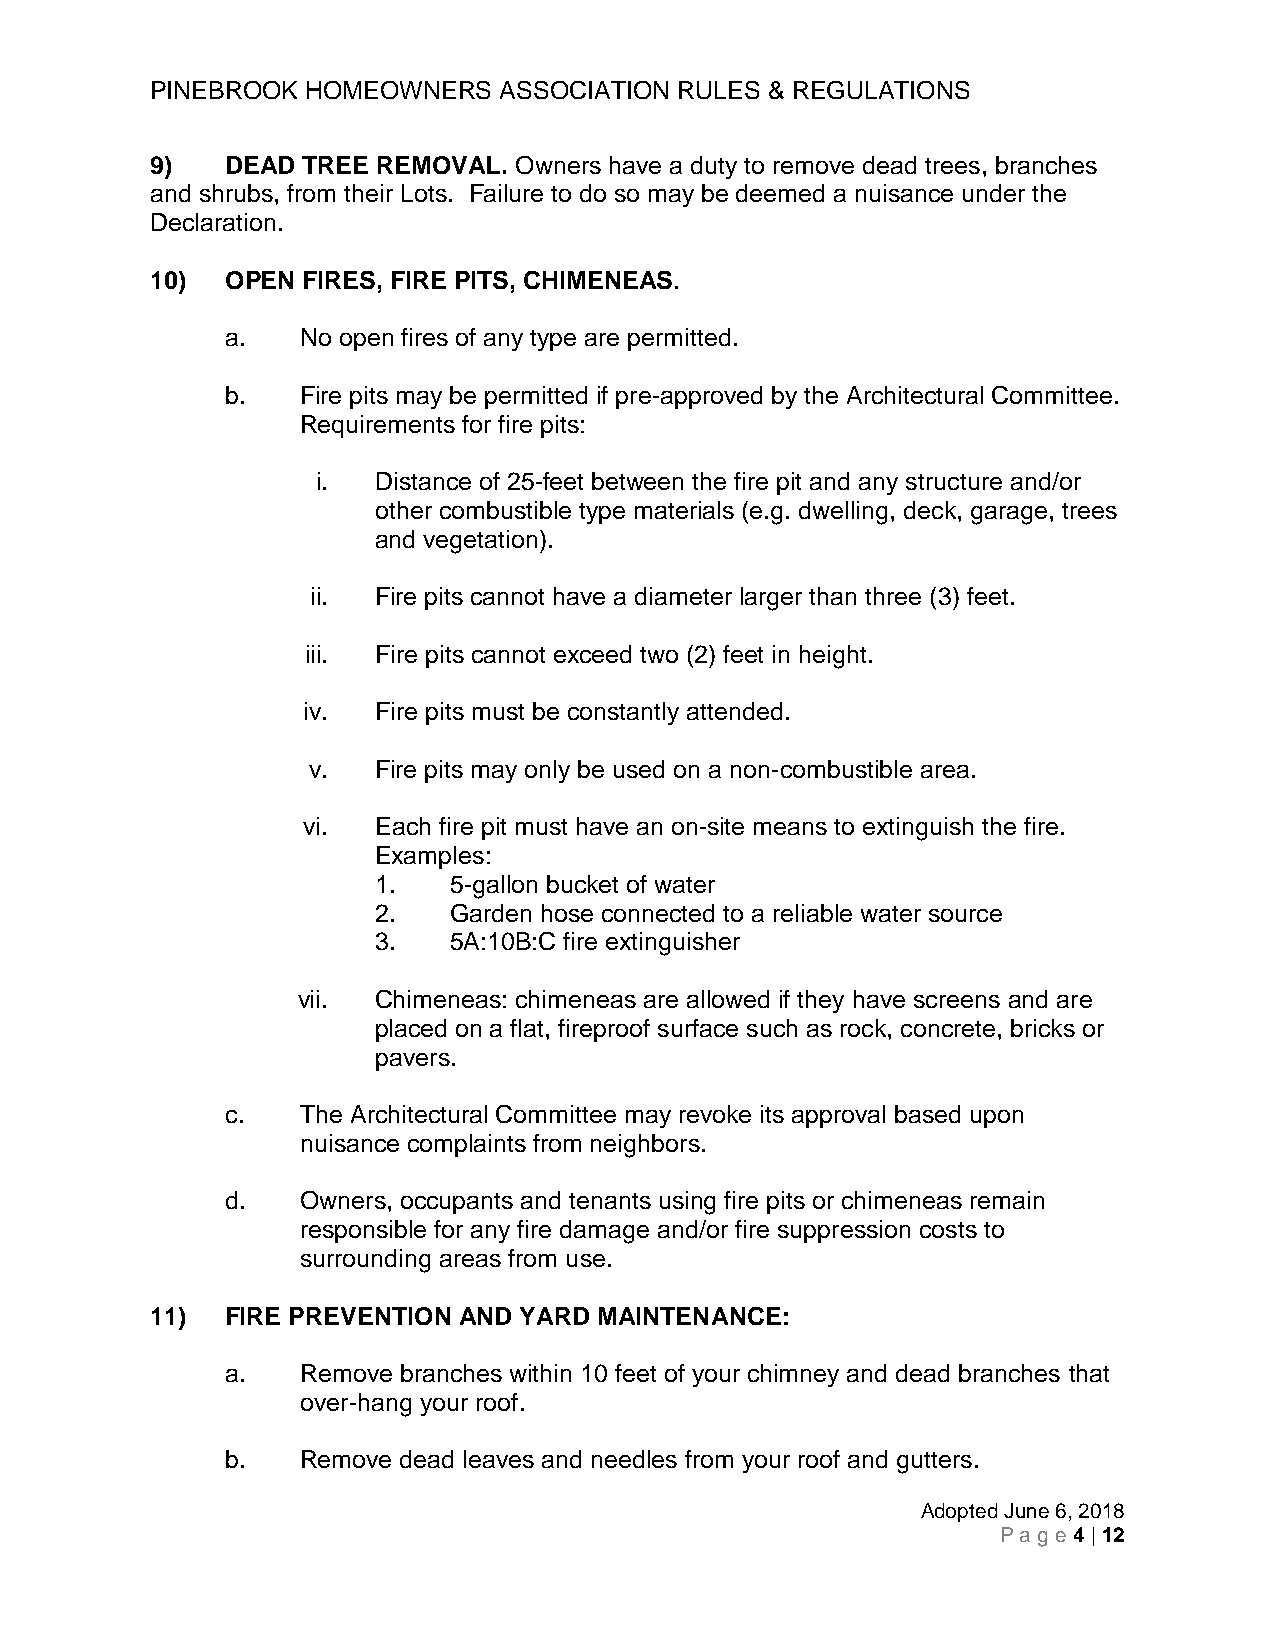
PINEBROOK HOMEOWNERS   ASSOCIATION RULES & REGULATIONS
 9)   DEAD TREE REMOVAL. Owners have a duty to remove dead trees, branches
 and shrubs, from their Lots. Failure to do so may be deemed a nuisance under the
 Declaration.
 10)  OPEN FIRES, FIRE PITS, CHIMENEAS.
 a.   No open fires of any type are permitted.
 b.   Fire pits may be permitted if pre-approved by the Architectural Committee.
 Requirements for fire pits:
 i.  Distance of 25-feet between the fire pit and any structure and/or
 other combustible type materials (e.g. dwelling, deck, garage, trees
 and vegetation).
 ii. Fire pits cannot have a diameter larger than three (3) feet.
 iii. Fire pits cannot exceed two (2) feet in height.
 iv.  Fire pits must be constantly attended.
 v.   Fire pits may only be used on a non-combustible area.
 vi.  Each fire pit must have an on-site means to extinguish the fire.
 Examples:
 1.   5-gallon bucket of water
 2.   Garden hose connected to a reliable water source
 3.   5A:10B:C fire extinguisher
 vii. Chimeneas: chimeneas are allowed if they have screens and are
 placed on a flat, fireproof surface such as rock, concrete, bricks or
 pavers.
 c.   The Architectural Committee may revoke its approval based upon
 nuisance complaints from neighbors.
 d.   Owners, occupants and tenants using fire pits or chimeneas remain
 responsible for any fire damage and/or fire suppression costs to
 surrounding areas from use.
 11)  FIRE PREVENTION AND YARD MAINTENANCE:
 a.   Remove branches within 10 feet of your chimney and dead branches that
 over-hang your roof.
 b.   Remove dead leaves and needles from your roof and gutters.
 Adopted June 6, 2018
 Pag e 4 | 12